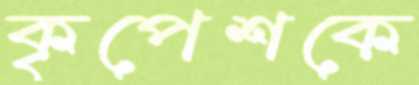
কৃপেশকে